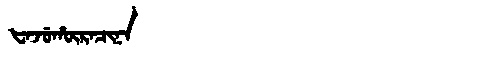
Manchu: ᡶᠠᠵᡠᡥᡡᡵᠠᠴᡳᠨᠠ
Romanization: FAJUHŪRACINA